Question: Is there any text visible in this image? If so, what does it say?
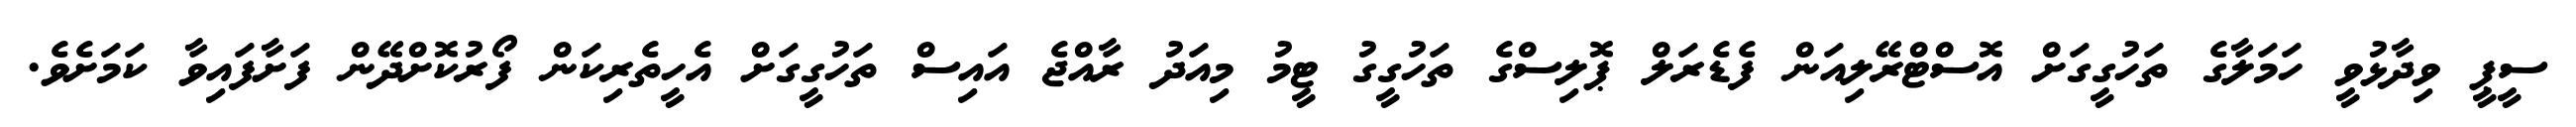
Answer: ސީޕީ ވިދާޅުވީ ހަމަލާގެ ތަހުގީގަށް އޮސްޓްރޭލިއަން ފެޑެރަލް ޕޮލިސްގެ ތަހުގީގު ޓީމު މިއަދު ރާއްޖެ އައިސް ތަހުގީގަށް އެހީތެރިކަން ފޯރުކޮށްދޭން ފަށާފައިވާ ކަމަށެވެ.